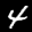
Label: 4